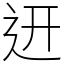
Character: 䢎